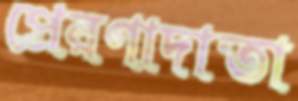
প্রেরণাদাতা